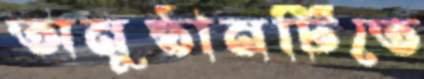
অনুষ্ঠানটিতে